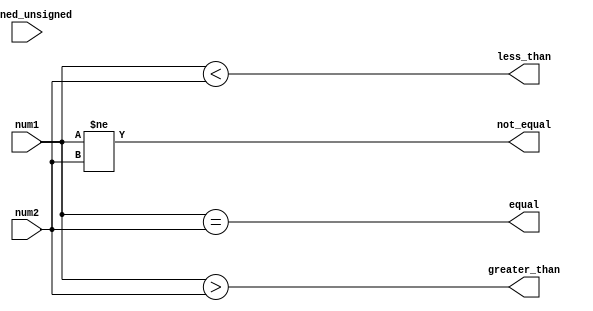
module comparator(
    input [7:0] num1, // input 8-bit number 1
    input [7:0] num2, // input 8-bit number 2
    input signed_unsigned, // control signal for signed or unsigned comparison
    
    output equal, // output indicating numbers are equal
    output not_equal, // output indicating numbers are not equal
    output greater_than, // output indicating number 1 is greater than number 2
    output less_than // output indicating number 1 is less than number 2
);

assign equal = (num1 == num2);
assign not_equal = (num1 != num2);
assign greater_than = (signed_unsigned ? (num1 > num2) : (num1 > num2));
assign less_than = (signed_unsigned ? (num1 < num2) : (num1 < num2));

endmodule